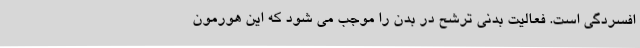
افسردگی است. فعالیت بدنی ترشح در بدن را موجب می شود که این هورمون